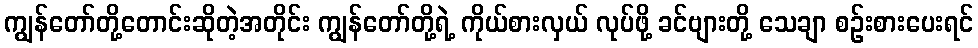
ကျွန်တော်တို့တောင်းဆိုတဲ့အတိုင်း ကျွန်တော်တို့ရဲ့ ကိုယ်စားလှယ် လုပ်ဖို့ ခင်ဗျားတို့ သေချာ စဉ်းစားပေးရင်